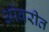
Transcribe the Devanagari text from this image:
ओवरीत